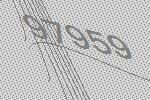
97959